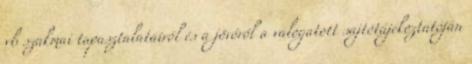
vb szakmai tapasztalatairól és a jövőről a válogatott sajtótájékoztatóján